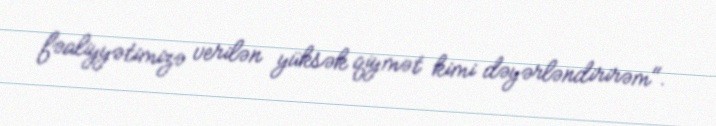
fəaliyyətimizə verilən yüksək qiymət kimi dəyərləndirirəm".